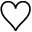
\heartsuit